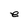
Character: e